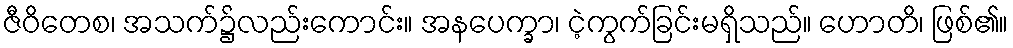
ဇီဝိတေစ၊ အသက်၌လည်းကောင်း။ အနပေက္ခာ၊ ငဲ့ကွက်ခြင်းမရှိသည်။ ဟောတိ၊ ဖြစ်၏။